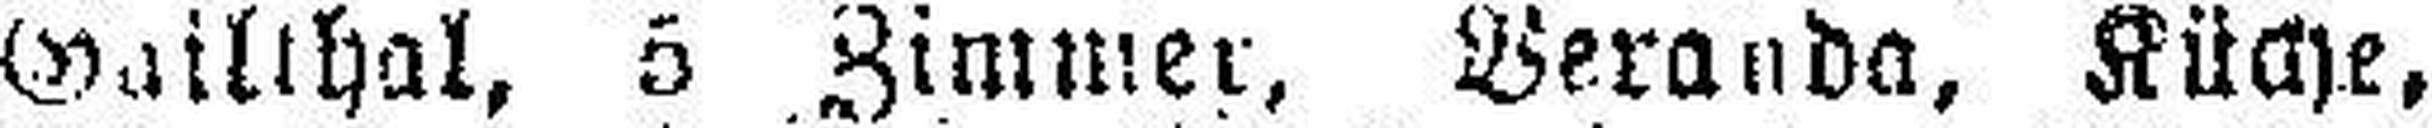
Gailthal, 5 Zimmer, Veranda, Küche,